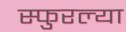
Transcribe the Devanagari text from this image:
स्फुरल्या